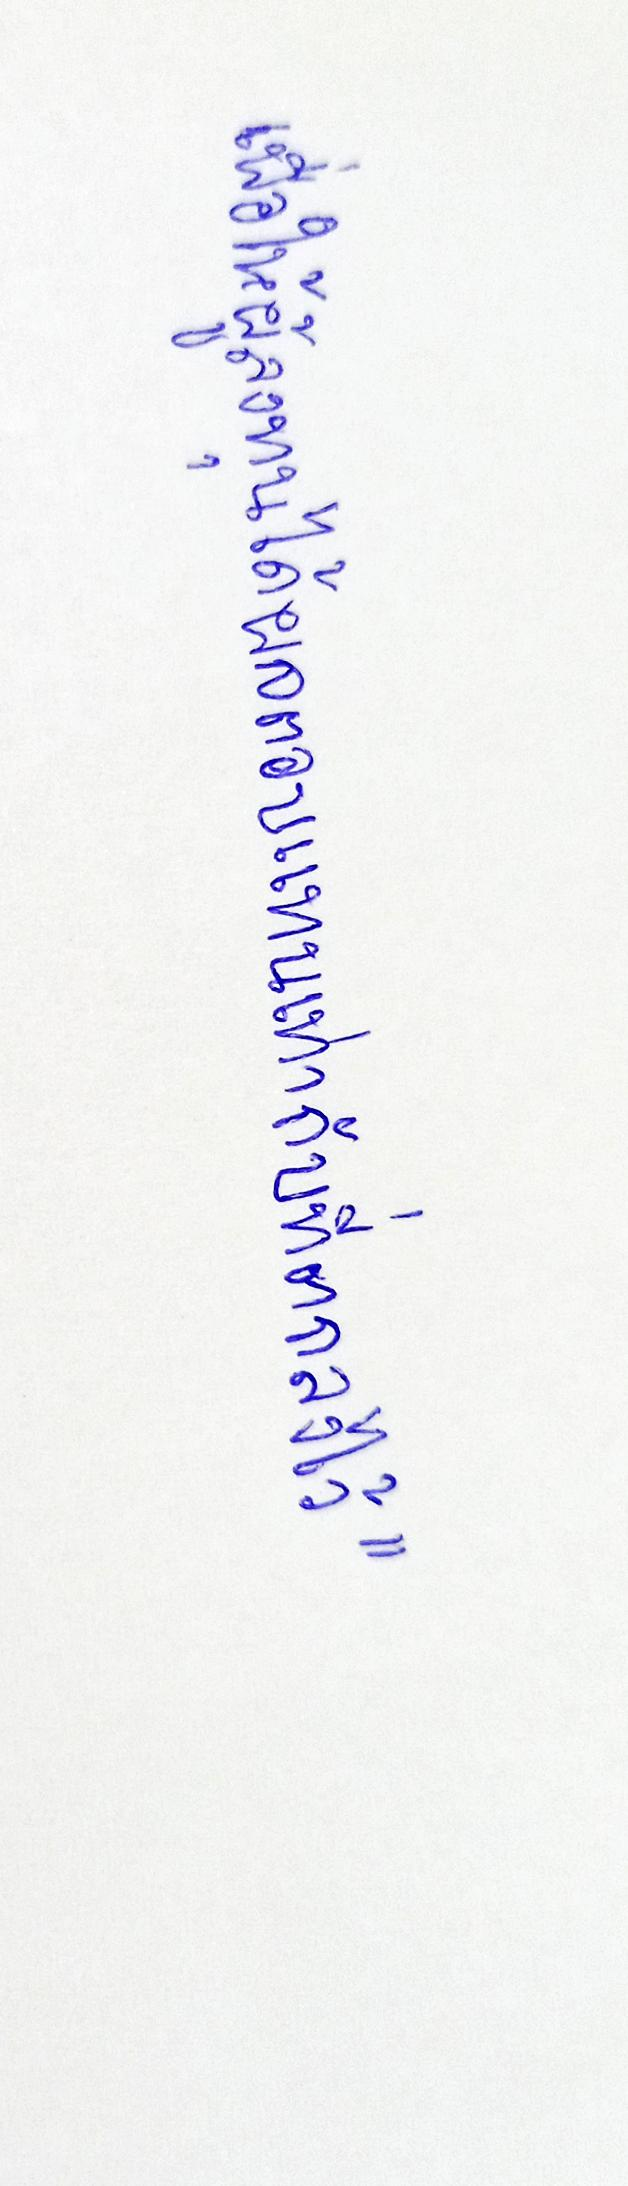
เพื่อให้ผู้ลงทุนได้ผลตอบแทนเท่ากับที่ตกลงไว้"